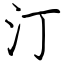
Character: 汀